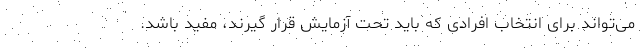
می‌تواند برای انتخاب افرادی که باید تحت آزمایش قرار گیرند، مفید باشد.